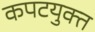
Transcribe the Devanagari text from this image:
कपटयुक्त